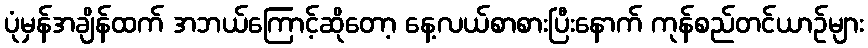
ပုံမှန်အချိန်ထက် အဘယ်ကြောင့်ဆိုတော့ နေ့လယ်စာစားပြီးနောက် ကုန်စည်တင်ယာဉ်များ